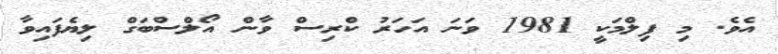
އެވެ. މި ފިލްމަކީ 1981 ވަނަ އަހަރު ކްރިސް ވާން އޯލްސްބަގް ލިޔެފައިވާ